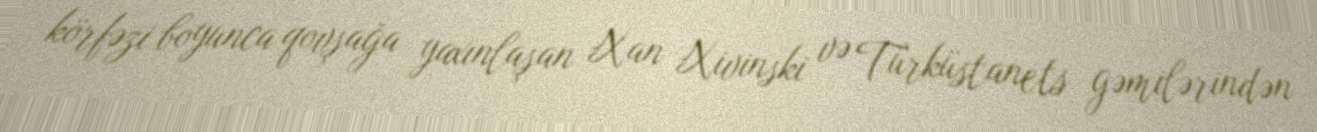
körfəzi boyunca qovşağa yaxınlaşan Xan Xivinski və Türküstanets gəmilərindən